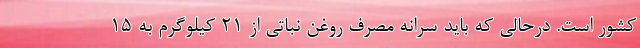
کشور است. درحالی که باید سرانه مصرف روغن نباتی از ۲۱ کیلوگرم به ۱۵